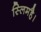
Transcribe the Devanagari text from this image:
स्लिमहै।